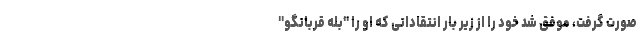
صورت گرفت، موفق شد خود را از زیر بار انتقاداتی که او را "بله قربانگو"